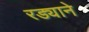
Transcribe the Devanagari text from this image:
रड्याने